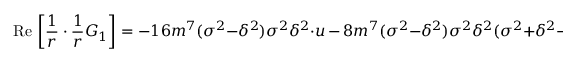
\mathrm { R e } \, \left[ \frac { 1 } { r } \cdot \frac { 1 } { r } G _ { 1 } \right] = - 1 6 m ^ { 7 } ( \sigma ^ { 2 } - \delta ^ { 2 } ) \sigma ^ { 2 } \delta ^ { 2 } \cdot u \, - \, 8 m ^ { 7 } ( \sigma ^ { 2 } - \delta ^ { 2 } ) \sigma ^ { 2 } \delta ^ { 2 } ( \sigma ^ { 2 } + \delta ^ { 2 } - 2 ) \, \cos \theta \cdot u ^ { 2 } \, + \, { \cal O } ( u ^ { 3 } ) ,